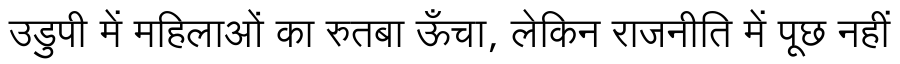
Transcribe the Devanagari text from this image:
उडुपी में महिलाओं का रुतबा ऊँचा, लेकिन राजनीति में पूछ नहीं